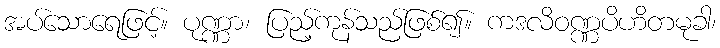
အပ်သောရေဖြင့်။ ပုဏ္ဏာ၊ ပြည့်ကုန်သည်ဖြစ်၍။ ကဒလိဝဏ္ဏပိဟိတမုခါ၊